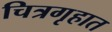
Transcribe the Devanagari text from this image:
चित्रगृहात